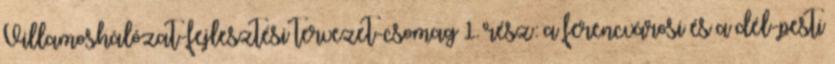
Villamoshálózat-fejlesztési tervezet-csomag 1. rész: a ferencvárosi és a dél-pesti